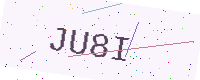
Text: JU8I